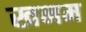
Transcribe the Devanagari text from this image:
खनम